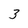
Character: 3